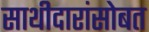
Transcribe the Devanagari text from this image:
साथीदारांसोबत